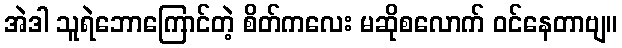
အဲဒါ သူရဲဘောကြောင်တဲ့ စိတ်ကလေး မဆိုစလောက် ဝင်နေတာဗျ။